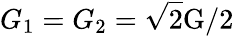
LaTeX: G_{1}=G_{2}=\sqrt{2}\mathrm{G}/2